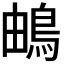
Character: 𩿬